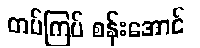
တပ်ကြပ် စန်းအောင်